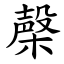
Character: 㯏